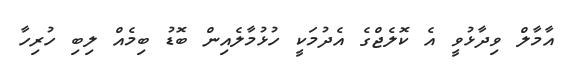
އާމާލް ވިދާޅުވީ އެ ކޮލެޖްގެ އެދުމަކީ ހުޅުމާލެއިން ބޮޑު ބިމެއް ލިބި ހުރިހާ